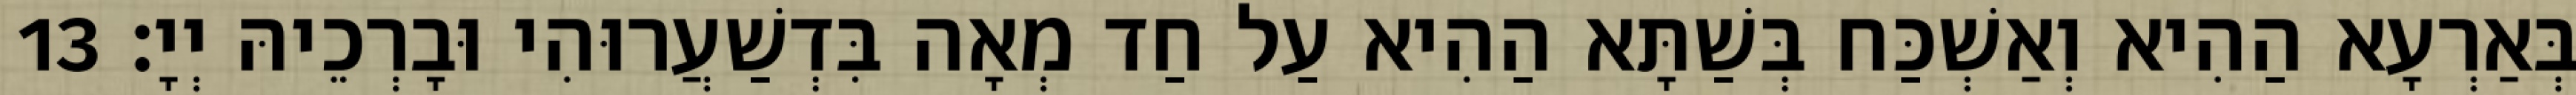
בְּאַרְעָא הַהִיא וְאַשְׁכַּח בְּשַׁתָּא הַהִיא עַל חַד מְאָה בִּדְשַׁעֲרוּהִי וּבָרְכֵיהּ יְיָ׃ 13